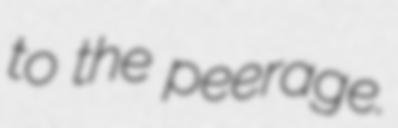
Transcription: to the peerage.